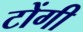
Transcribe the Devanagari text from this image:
टोंगी